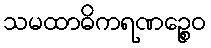
သမထာဓိကရဏဉ္စေဝ